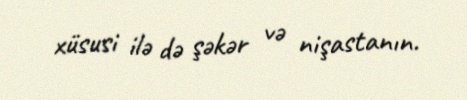
xüsusi ilə də şəkər və nişastanın.